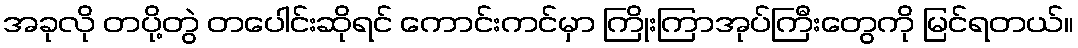
အခုလို တပို့တွဲ တပေါင်းဆိုရင် ကောင်းကင်မှာ ကြိုးကြာအုပ်ကြီးတွေကို မြင်ရတယ်။